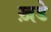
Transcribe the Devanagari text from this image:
ख़डे